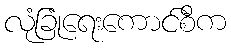
လုံခြုံရေးကောင်စီက